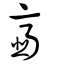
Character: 䪠